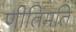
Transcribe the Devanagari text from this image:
णीतिमति